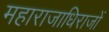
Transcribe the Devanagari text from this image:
महाराजाधिराजों